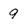
Character: 9